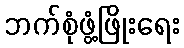
ဘက်စုံဖွံ့ဖြိုးရေး